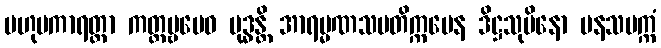
ဗဟုပကာရတ္တာ ကတ္တဗ္ဗမေဝ ဗုဒ္ဓန္တိ အာရမ္မဏသမတိက္ကမေန ဒိဋ္ဌသုပိနော ပနသပက္ကံ